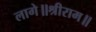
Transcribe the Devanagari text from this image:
लागे॥श्रीराम॥